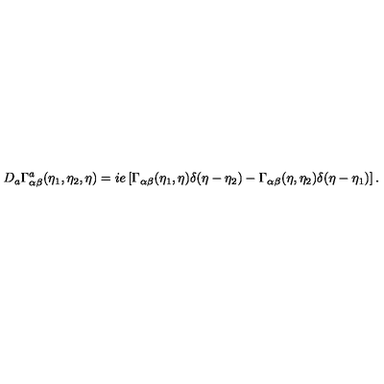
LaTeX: D _ { a } \Gamma _ { \alpha \beta } ^ { a } ( \eta _ { 1 } , \eta _ { 2 } , \eta ) = i e \left[ \Gamma _ { \alpha \beta } ( \eta _ { 1 } , \eta ) \delta ( \eta - \eta _ { 2 } ) - \Gamma _ { \alpha \beta } ( \eta , \eta _ { 2 } ) \delta ( \eta - \eta _ { 1 } ) \right] .